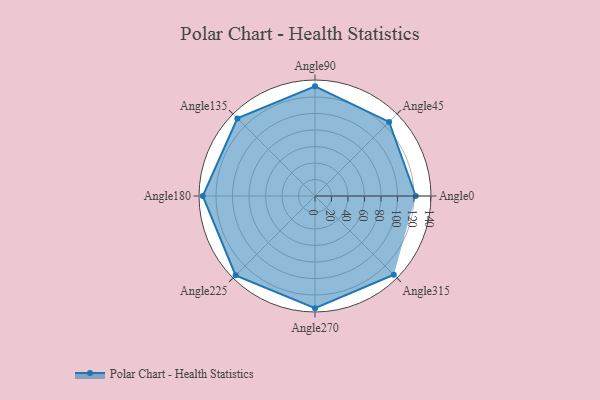
{"axis": {"x": "Angle", "y": "Radius"}, "legend": [""], "data": [{"x": "Angle0", "y": 122.0, "type": ""}, {"x": "Angle45", "y": 127.0, "type": ""}, {"x": "Angle90", "y": 133.0, "type": ""}, {"x": "Angle135", "y": 133.0, "type": ""}, {"x": "Angle180", "y": 136.0, "type": ""}, {"x": "Angle225", "y": 136.0, "type": ""}, {"x": "Angle270", "y": 136.0, "type": ""}, {"x": "Angle315", "y": 135.0, "type": ""}]}